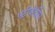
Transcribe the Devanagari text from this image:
एंटीबॉडीस